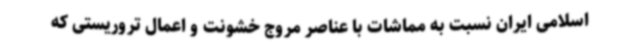
اسلامی ایران نسبت به مماشات با عناصر مروج خشونت و اعمال تروریستی که